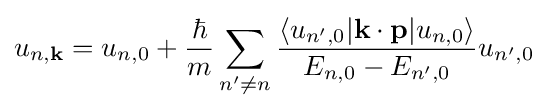
u_{n,\mathbf {k} }=u_{n,0}+{\frac {\hbar }{m}}\sum _{n'\neq n}{\frac {\langle u_{n',0}|\mathbf {k} \cdot \mathbf {p} |u_{n,0}\rangle }{E_{n,0}-E_{n',0}}}u_{n',0}